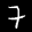
Label: 7